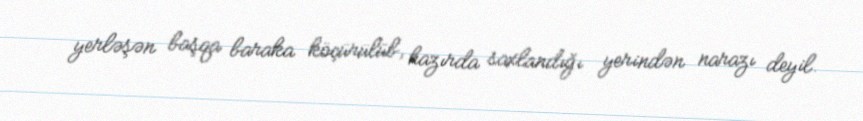
yerləşən başqa baraka köçürülüb, hazırda saxlandığı yerindən narazı deyil.